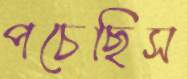
পচেছিস